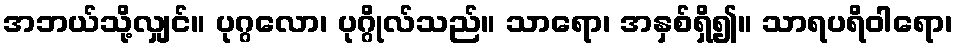
အဘယ်သို့လျှင်။ ပုဂ္ဂလော၊ ပုဂ္ဂိုလ်သည်။ သာရော၊ အနှစ်ရှိ၍။ သာရပရိဝါရော၊